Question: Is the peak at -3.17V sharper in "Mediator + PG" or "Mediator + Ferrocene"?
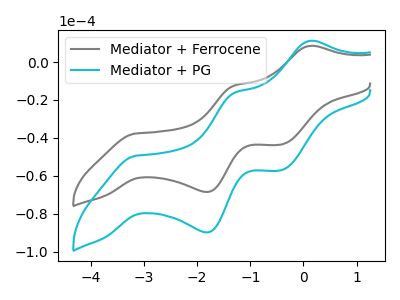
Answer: <think>The gray curve "Mediator + Ferrocene" has anodic peaks at (0.10V, 8.50uA) (-1.30V, -12.40uA) and cathodic peaks at (-3.15V, -37.75uA) (-1.85V, -68.55uA) (-0.40V, -43.55uA). The cyan curve "Mediator + PG" has anodic peaks at (0.10V, 11.15uA) (-1.30V, -16.20uA) and cathodic peaks at (-3.15V, -49.50uA) (-1.85V, -89.85uA) (-0.40V, -57.10uA).</think>
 <answer>The peak at -3.17V is higher in "Mediator + PG" than in "Mediator + Ferrocene".</answer>
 <eval>higher</eval>